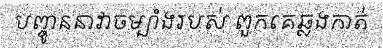
បញ្ចូននាវាចម្បាំងរបស់ ពួកគេឆ្លងកាត់